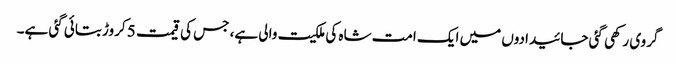
گروی رکھی گئی جائیدادوں میں ایک امت شاہ کی ملکیت والی ہے، جس کی قیمت 5 کروڑ بتائی گئی ہے۔